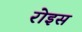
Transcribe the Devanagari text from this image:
रोइस